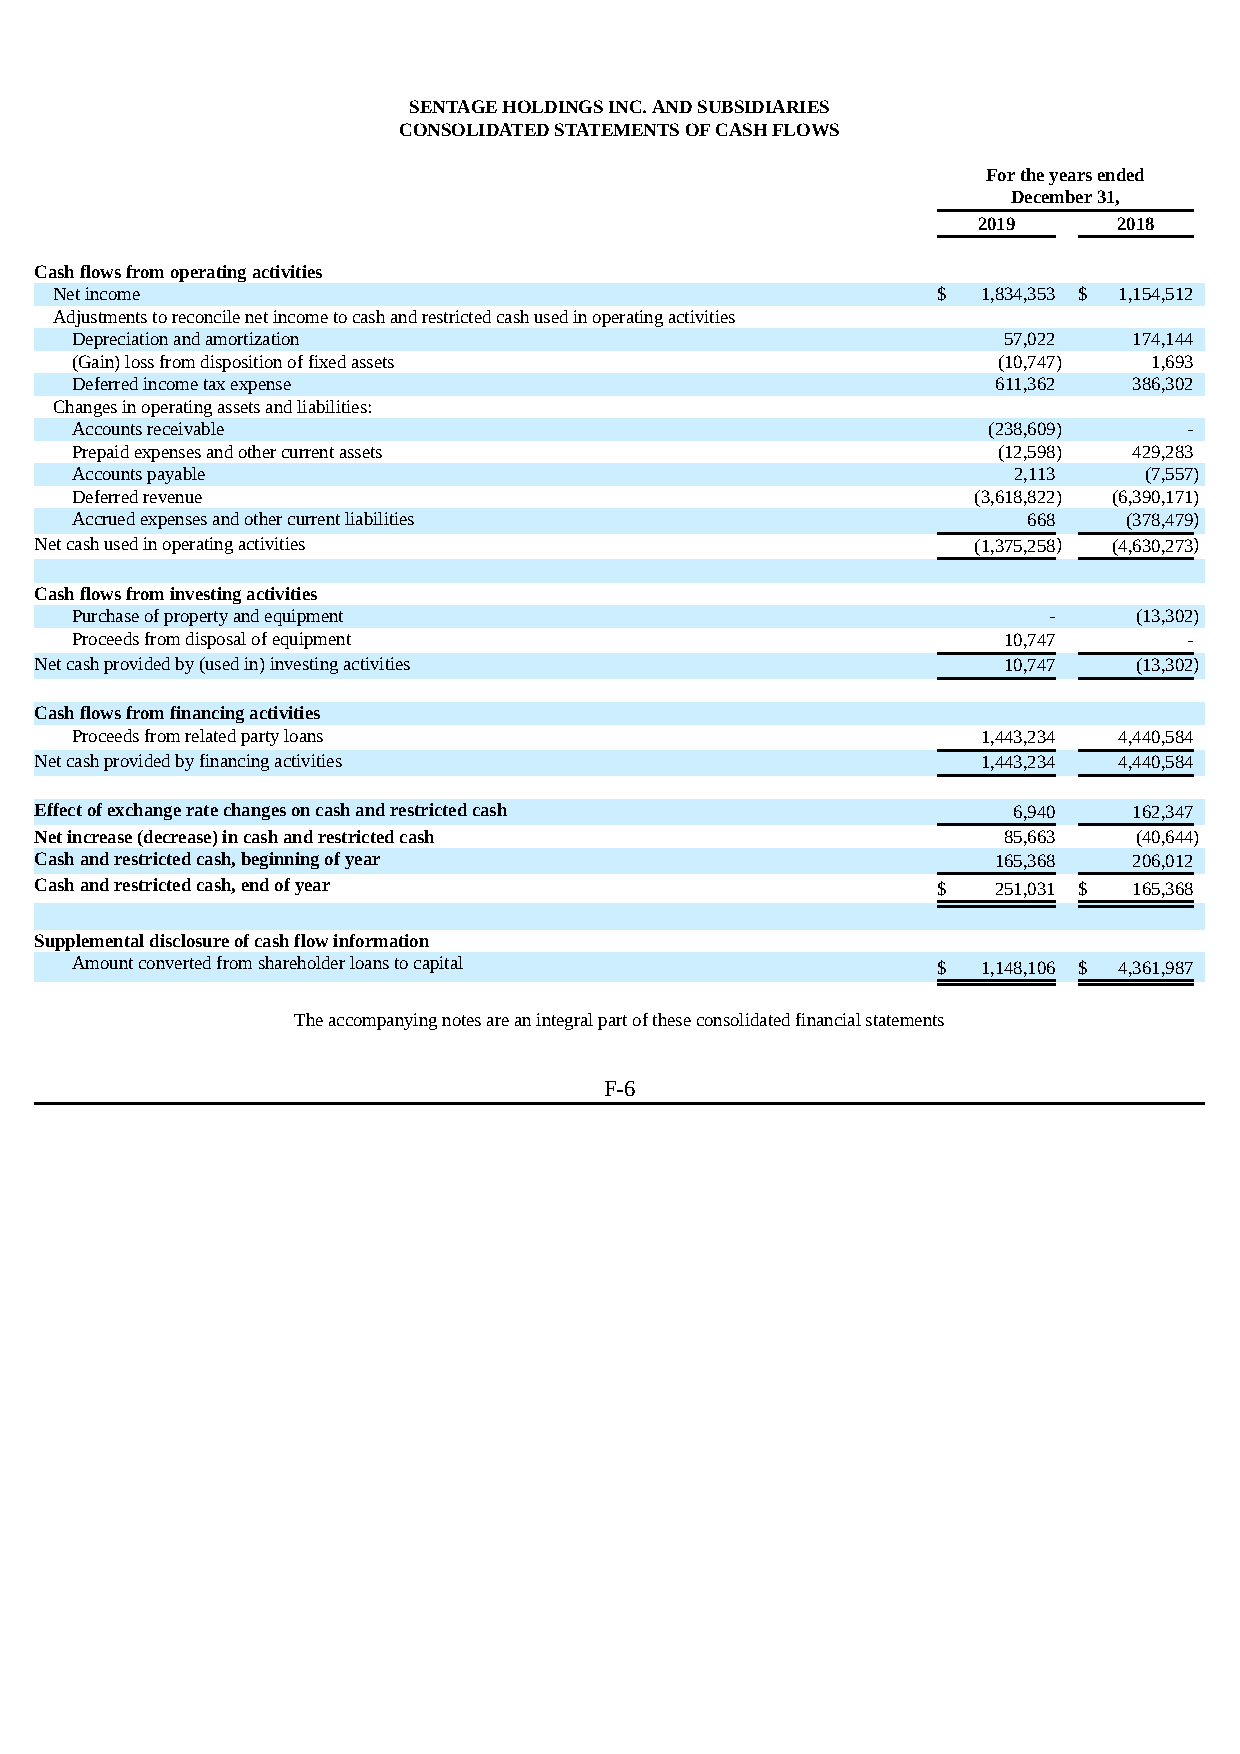
SENTAGE HOLDINGS INC. AND SUBSIDIARIES
 CONSOLIDATED STATEMENTS OF CASH FLOWS
 For the years ended
 December 31,
 2019     2018
 Cash flows from operating activities
 Net income                                                $  1,834,353 $ 1,154,512
 Adjustments to reconcile net income to cash and restricted cash used in operating activities
 Depreciation and amortization                                57,022   174,144
 (Gain) loss from disposition of fixed assets                 (10,747)  1,693
 Deferred income tax expense                                  611,362  386,302
 Changes in operating assets and liabilities:
 Accounts receivable                                         (238,609)     -
 Prepaid expenses and other current assets                    (12,598) 429,283
 Accounts payable                                              2,113    (7,557)
 Deferred revenue                                           (3,618,822) (6,390,171)
 Accrued expenses and other current liabilities                 668    (378,479)
 Net cash used in operating activities                         (1,375,258) (4,630,273)
 Cash flows from investing activities
 Purchase of property and equipment                              -     (13,302)
 Proceeds from disposal of equipment                          10,747       -
 Net cash provided by (used in) investing activities             10,747   (13,302)
 Cash flows from financing activities
 Proceeds from related party loans                           1,443,234 4,440,584
 Net cash provided by financing activities                      1,443,234 4,440,584
 Effect of exchange rate changes on cash and restricted cash      6,940   162,347
 Net increase (decrease) in cash and restricted cash             85,663   (40,644)
 Cash and restricted cash, beginning of year                     165,368  206,012
 Cash and restricted cash, end of year                       $   251,031 $ 165,368
 Supplemental disclosure of cash flow information
 Amount converted from shareholder loans to capital       $  1,148,106 $ 4,361,987
 The accompanying notes are an integral part of these consolidated financial statements
 F-6